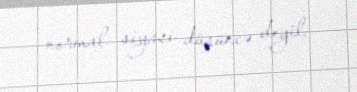
normal siyasi düşüncə deyil.